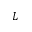
L